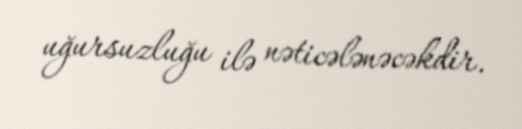
uğursuzluğu ilə nəticələnəcəkdir.